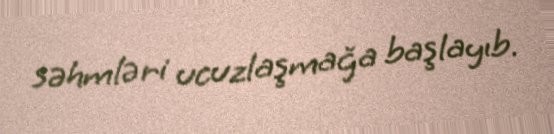
səhmləri ucuzlaşmağa başlayıb.